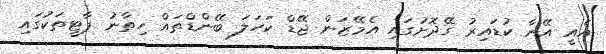
އެއީ އޭނާ ކުޑައިރު ގޭދޮށުގައި އެމޭޒަން ޖޭޑް ކަހަލަ ބޭންޑްތައް ހިތާނު ޕާޓީތަކުގައި